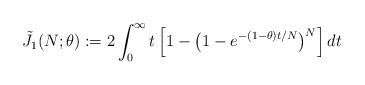
LaTeX: \begin{align*}\tilde{J}_1(N; \theta) := 2\int_0^{\infty} t \left[1 - \left(1 - e^{-(1 - \theta) t / N} \right)^N\right] dt\end{align*}